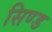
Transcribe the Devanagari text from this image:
सिण्ड